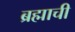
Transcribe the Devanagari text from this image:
ब्रह्माची